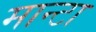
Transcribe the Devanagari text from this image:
मान्टा